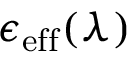
\epsilon _ { \mathrm { { e f f } } } ( \lambda )